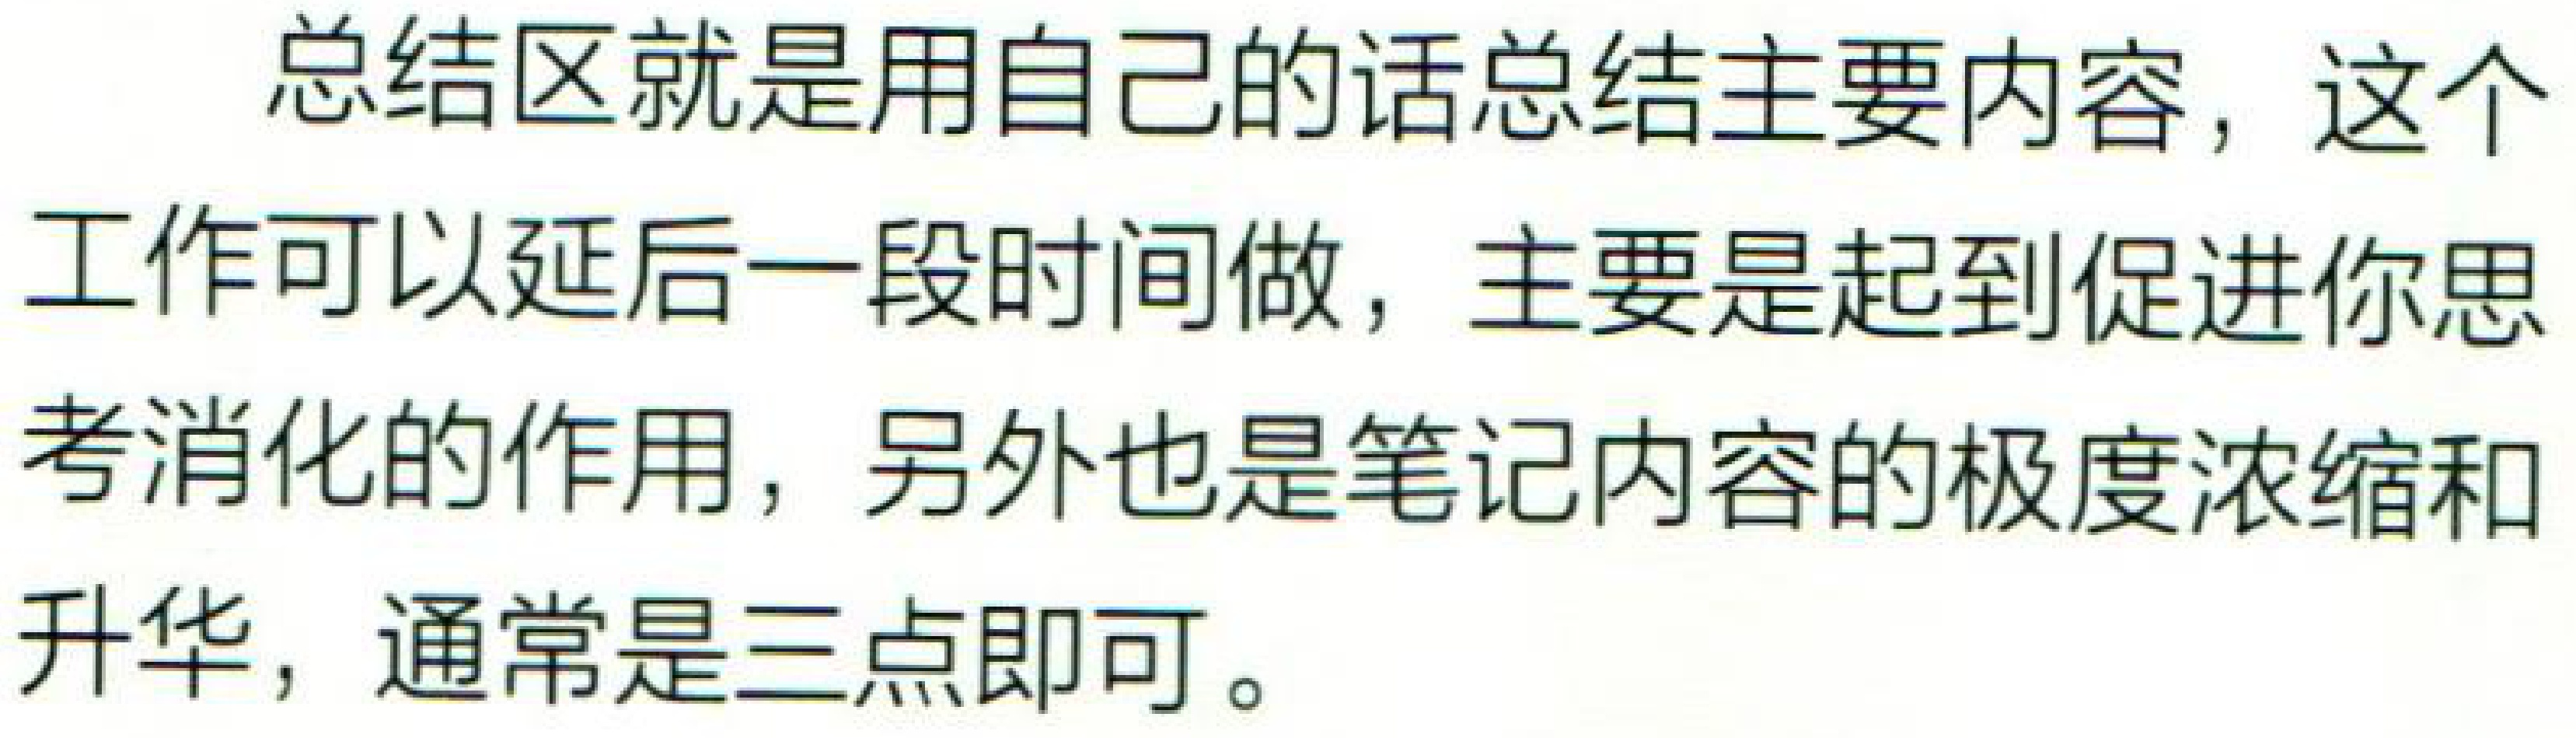
总结区就是用自己的话总结主要内容，这个工作可以延后一段时间做，主要是起到促进你思考消化的作用，另外也是笔记内容的极度浓缩和升华，通常是三点即可。